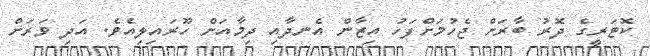
ކޮޓަރީގެ ދޮރު ބާރަށް ޖެހުމަށްފަހު އިޒާން އެނދާއި ދިމާއަށް ހޫރައިލިއެވެ. އަދި ވަރަށް